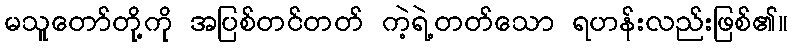
မသူတော်တို့ကို အပြစ်တင်တတ် ကဲ့ရဲ့တတ်သော ရဟန်းလည်းဖြစ်၏။